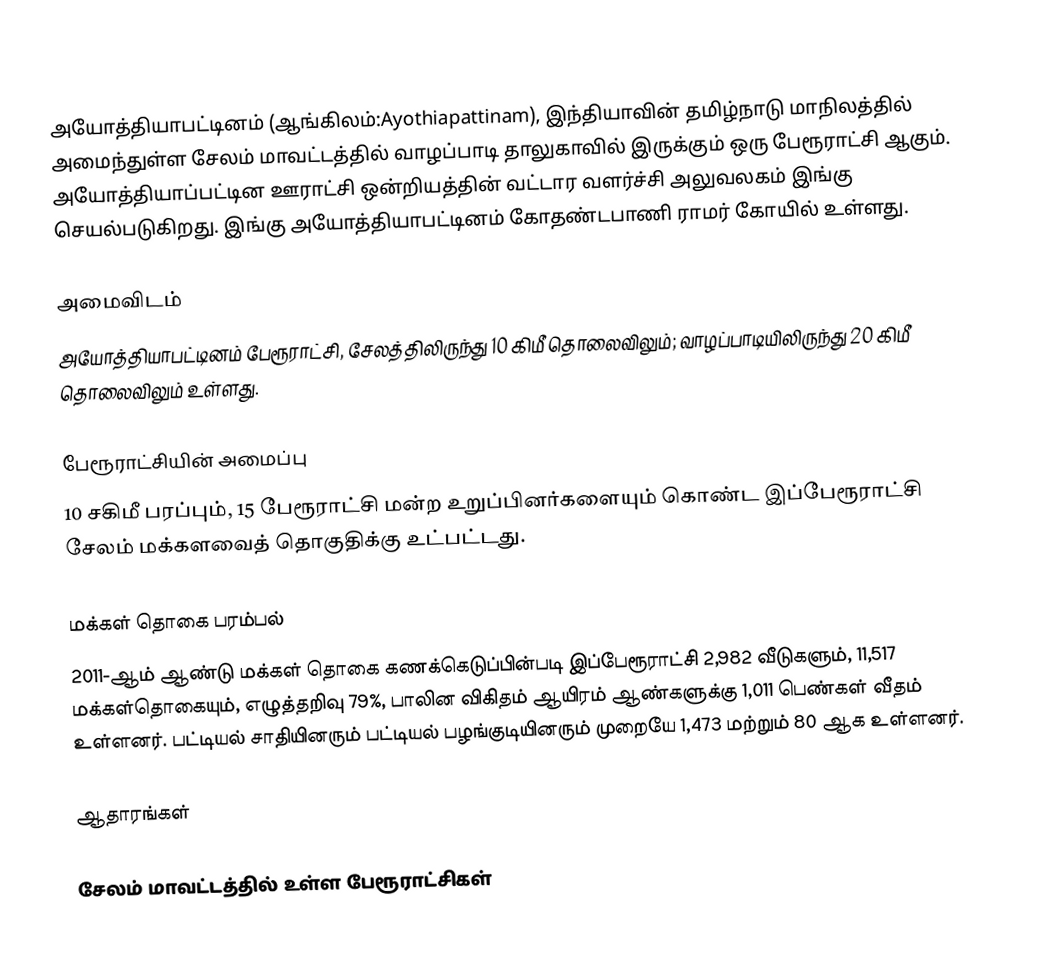
அயோத்தியாபட்டினம் (ஆங்கிலம்:Ayothiapattinam), இந்தியாவின் தமிழ்நாடு மாநிலத்தில் அமைந்துள்ள சேலம் மாவட்டத்தில் வாழப்பாடி தாலுகாவில் இருக்கும்  ஒரு பேரூராட்சி ஆகும். அயோத்தியாப்பட்டின ஊராட்சி ஒன்றியத்தின் வட்டார வளர்ச்சி அலுவலகம் இங்கு செயல்படுகிறது. இங்கு அயோத்தியாபட்டினம் கோதண்டபாணி ராமர் கோயில் உள்ளது.

அமைவிடம்
அயோத்தியாபட்டினம் பேரூராட்சி, சேலத்திலிருந்து 10 கிமீ தொலைவிலும்; வாழப்பாடியிலிருந்து 20 கிமீ தொலைவிலும் உள்ளது.

பேரூராட்சியின் அமைப்பு
10 சகிமீ பரப்பும்,  15  பேரூராட்சி மன்ற உறுப்பினர்களையும்  கொண்ட இப்பேரூராட்சி சேலம் மக்களவைத் தொகுதிக்கு உட்பட்டது.

மக்கள் தொகை பரம்பல்
2011-ஆம் ஆண்டு மக்கள் தொகை கணக்கெடுப்பின்படி  இப்பேரூராட்சி  2,982   வீடுகளும்,  11,517 மக்கள்தொகையும், எழுத்தறிவு 79%, பாலின விகிதம் ஆயிரம் ஆண்களுக்கு  1,011 பெண்கள் வீதம் உள்ளனர். பட்டியல் சாதியினரும் பட்டியல் பழங்குடியினரும் முறையே 1,473 மற்றும் 80 ஆக உள்ளனர்.

ஆதாரங்கள்

சேலம் மாவட்டத்தில் உள்ள பேரூராட்சிகள்